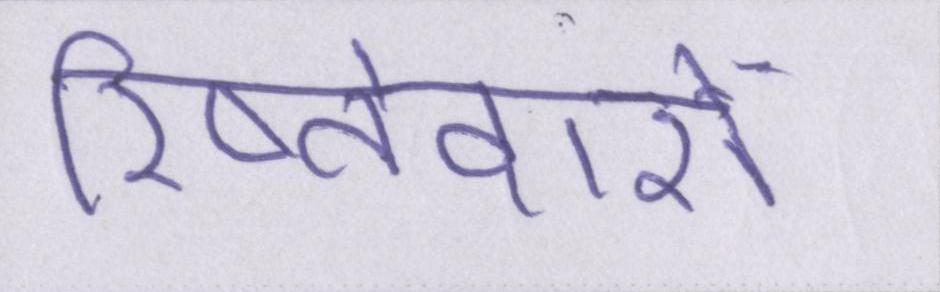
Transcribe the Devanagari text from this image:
रिष्तेदारों